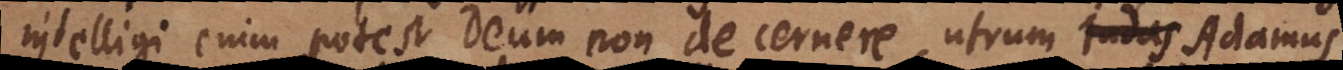
Intelligi enim potest Deum non decernere, utrum Judas